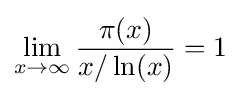
\lim _{x\to \infty }{\frac {\pi (x)}{x/\ln(x)}}=1